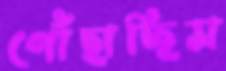
পোঁছাচ্ছিস